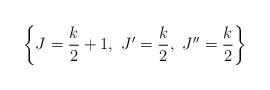
LaTeX: \begin{align*}\left\{ J=\frac{k}{2}+1,\ J'=\frac{k}{2},\ J''=\frac{k}{2} \right\} \end{align*}